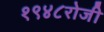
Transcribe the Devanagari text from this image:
१९४८रोजी